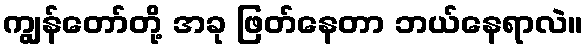
ကျွန်တော်တို့ အခု ဖြတ်နေတာ ဘယ်နေရာလဲ။